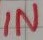
Text: IN